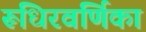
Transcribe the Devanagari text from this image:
रूधिरवर्णिका